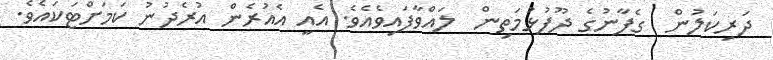
ދަރިކަލުން  ގެފާނުގެ ދޫފުޅުމަތިން  ލައްވާފައިވެއެވެ. އެއީ އެއުރެން އުރެދުނު ކަމަށްޓަކައެވެ.